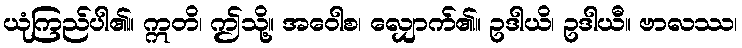
ယုံကြည်ပါ၏။ ဣတိ၊ ဤသို့။ အဝေါစ၊ လျှောက်၏။ ဥဒါယိ၊ ဥဒါယီ။ ဗာလဿ၊